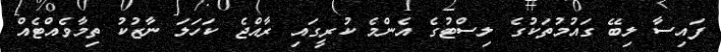
ފައިސާ ލިބޭ ގައުމުތަކުގެ ލިސްޓުގެ އެންމެ ކުރީގައި ރާއްޖެ ކަހަލަ ނާޒުކު ތިމާވެއްޓެއް